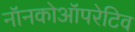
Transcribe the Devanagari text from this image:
नॉनकोऑपरेटिव